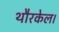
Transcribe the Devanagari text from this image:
थौरकेल।